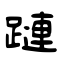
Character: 蹥